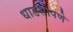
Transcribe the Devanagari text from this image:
धाडसीपणे